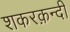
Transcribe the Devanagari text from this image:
शकरक़न्दी